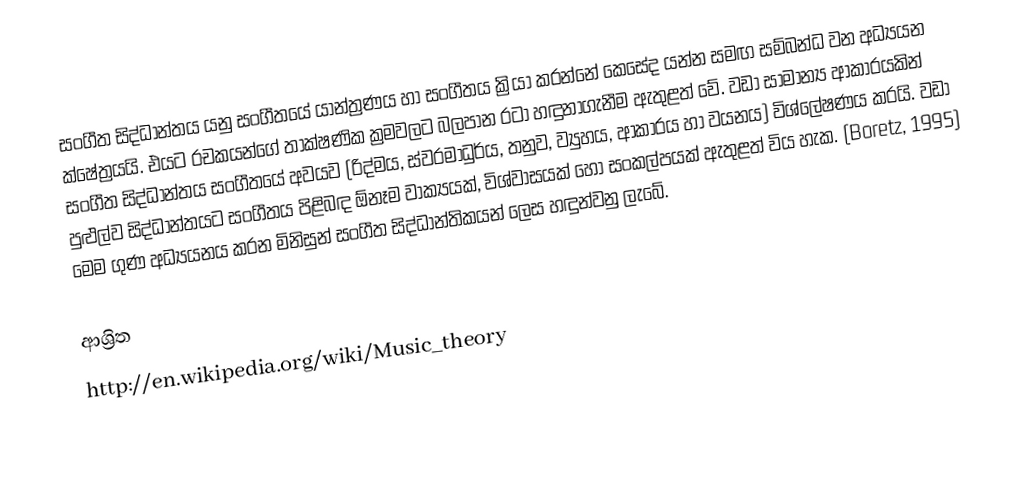
සංගීත සිද්ධාන්තය යනු සංගීතයේ යාන්ත්‍රණය හා සංගීතය ක්‍රියා කරන්නේ කෙසේද යන්න සමඟ සම්බන්ධ වන අධ්‍යයන ක්ෂේත්‍රයයි. එයට රචකයන්ගේ තාක්ෂණික ක්‍රමවලට බලපාන රටා හඳුනාගැනීම ඇතුළත් වේ. වඩා සාමාන්‍ය ආකාරයකින් සංගීත සිද්ධාන්තය සංගීතයේ අවයව (රිද්මය, ස්වරමාධුර්ය, තනුව, ව්‍යුහය, ආකාරය හා වයනය) විශ්ලේෂණය කරයි. වඩා පුළුල්ව සිද්ධාන්තයට සංගීතය පිළිබඳ ඕනෑම වාක්‍යයක්, විශ්වාසයක් හෝ සංකල්පයක් ඇතුළත් විය හැක. (Boretz, 1995) මෙම ගුණ අධ්‍යයනය කරන මිනිසුන් සංගීත සිද්ධාන්තිකයන් ලෙස හඳුන්වනු ලැබේ.

ආශ්‍රිත
http://en.wikipedia.org/wiki/Music_theory